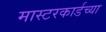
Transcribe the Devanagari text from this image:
मास्टरकार्डच्या